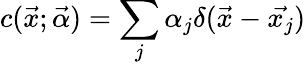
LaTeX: c(\vec{x};\vec{\alpha})=\sum_{j}\alpha_{j}\delta(\vec{x}-\vec{x_{j}})